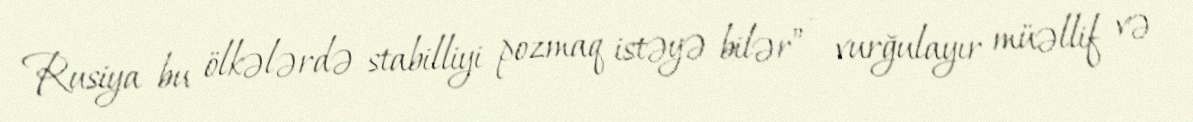
Rusiya bu ölkələrdə stabilliyi pozmaq istəyə bilər” - vurğulayır müəllif və